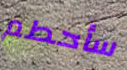
سأحطم